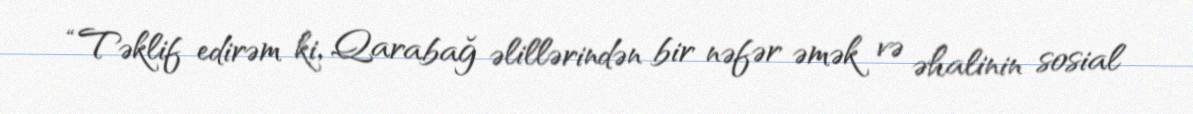
“Təklif edirəm ki, Qarabağ əlillərindən bir nəfər əmək və əhalinin sosial